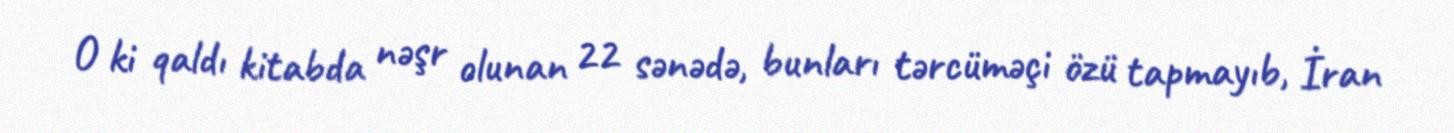
O ki qaldı kitabda nəşr olunan 22 sənədə, bunları tərcüməçi özü tapmayıb, İran